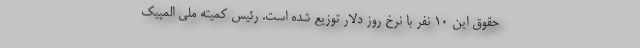
حقوق این 10 نفر با نرخ روز دلار توزیع شده است. رئیس کمیته ملی المپیک